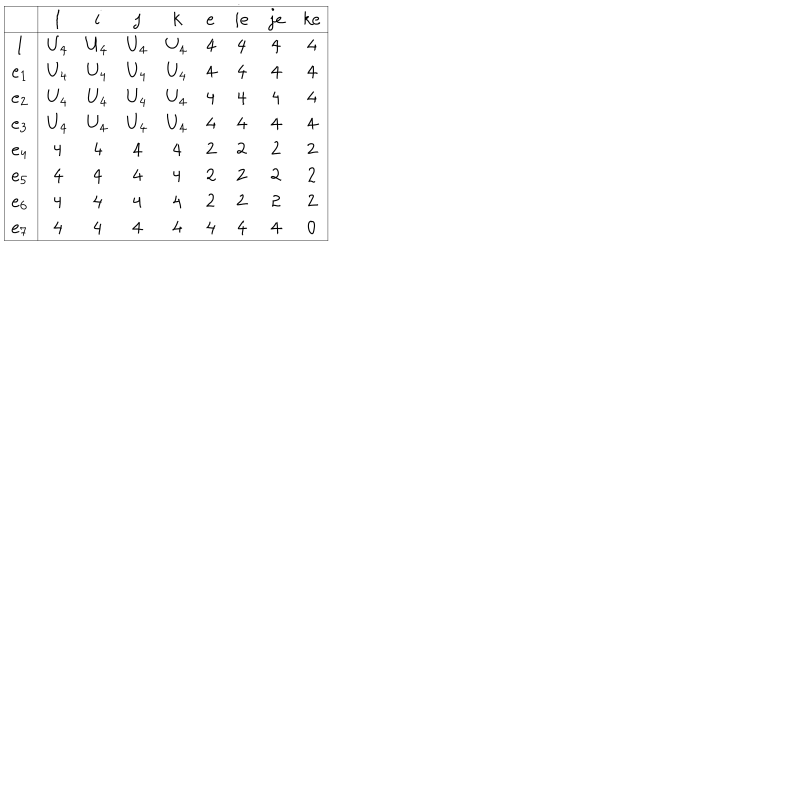
\begin{array} { | c | | c c c c c c c c | } \hline { { } } & { { 1 } } & { { i } } & { { j } } & { { k } } & { { e } } & { { i e } } & { { j e } } & { { k e } } \\ \hline { { \hline 1 } } & { { U _ { 4 } } } & { { U _ { 4 } } } & { { U _ { 4 } } } & { { U _ { 4 } } } & { { 4 } } & { { 4 } } & { { 4 } } & { { 4 } } \\ { { e _ { 1 } } } & { { U _ { 4 } } } & { { U _ { 4 } } } & { { U _ { 4 } } } & { { U _ { 4 } } } & { { 4 } } & { { 4 } } & { { 4 } } & { { 4 } } \\ { { e _ { 2 } } } & { { U _ { 4 } } } & { { U _ { 4 } } } & { { U _ { 4 } } } & { { U _ { 4 } } } & { { 4 } } & { { 4 } } & { { 4 } } & { { 4 } } \\ { { e _ { 3 } } } & { { U _ { 4 } } } & { { U _ { 4 } } } & { { U _ { 4 } } } & { { U _ { 4 } } } & { { 4 } } & { { 4 } } & { { 4 } } & { { 4 } } \\ { { e _ { 4 } } } & { { 4 } } & { { 4 } } & { { 4 } } & { { 4 } } & { { 2 } } & { { 2 } } & { { 2 } } & { { 2 } } \\ { { e _ { 5 } } } & { { 4 } } & { { 4 } } & { { 4 } } & { { 4 } } & { { 2 } } & { { 2 } } & { { 2 } } & { { 2 } } \\ { { e _ { 6 } } } & { { 4 } } & { { 4 } } & { { 4 } } & { { 4 } } & { { 2 } } & { { 2 } } & { { 2 } } & { { 2 } } \\ { { e _ { 7 } } } & { { 4 } } & { { 4 } } & { { 4 } } & { { 4 } } & { { 4 } } & { { 4 } } & { { 4 } } & { { 0 } } \\ \hline { { } } \\ \end{array}